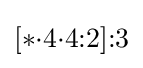
[*{\cdot }4{\cdot }4{:}2]{:}3